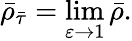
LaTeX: \bar{\rho}_{\bar{\tau}}=\operatorname*{lim}_{\varepsilon\to 1}\bar{\rho}.